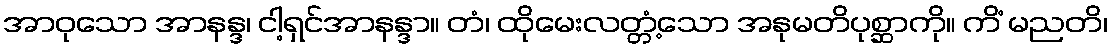
အာဝုသော အာနန္ဒ၊ ငါ့ရှင်အာနန္ဒာ။ တံ၊ ထိုမေးလတ္တံ့သော အနုမတိပုစ္ဆာကို။ ကိံ မညတိ၊